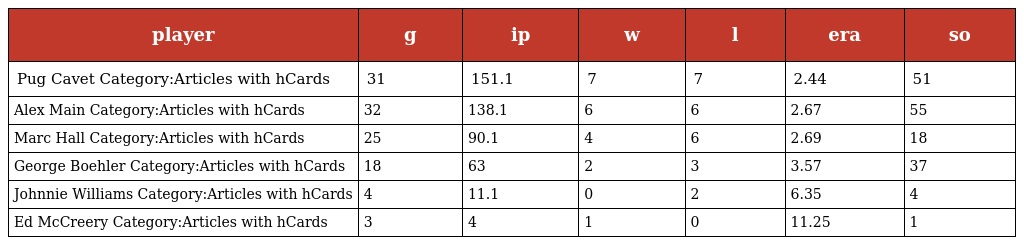
| player | g | ip | w | l | era | so |
 | --- | --- | --- | --- | --- | --- | --- |
 | Pug Cavet Category:Articles with hCards | 31 | 151.1 | 7 | 7 | 2.44 | 51 |
 | Alex Main Category:Articles with hCards | 32 | 138.1 | 6 | 6 | 2.67 | 55 |
 | Marc Hall Category:Articles with hCards | 25 | 90.1 | 4 | 6 | 2.69 | 18 |
 | George Boehler Category:Articles with hCards | 18 | 63 | 2 | 3 | 3.57 | 37 |
 | Johnnie Williams Category:Articles with hCards | 4 | 11.1 | 0 | 2 | 6.35 | 4 |
 | Ed McCreery Category:Articles with hCards | 3 | 4 | 1 | 0 | 11.25 | 1 |